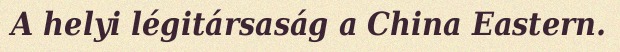
A helyi légitársaság a China Eastern.